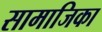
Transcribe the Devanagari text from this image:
सामाजिका